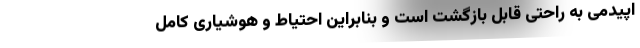
اپیدمی به راحتی قابل بازگشت است و بنابراین احتیاط و هوشیاری کامل